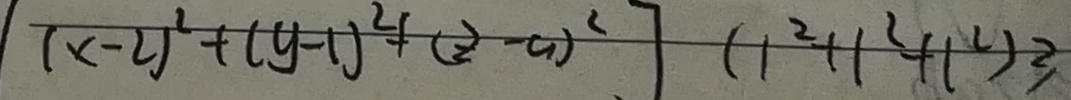
( x - 2 ) ^ { 2 } + ( y - 1 ) ^ { 2 } + ( z - a ) ^ { 2 } ] ( 1 ^ { 2 } + 1 ^ { 2 } + 1 ^ { 2 ) } \geqslant